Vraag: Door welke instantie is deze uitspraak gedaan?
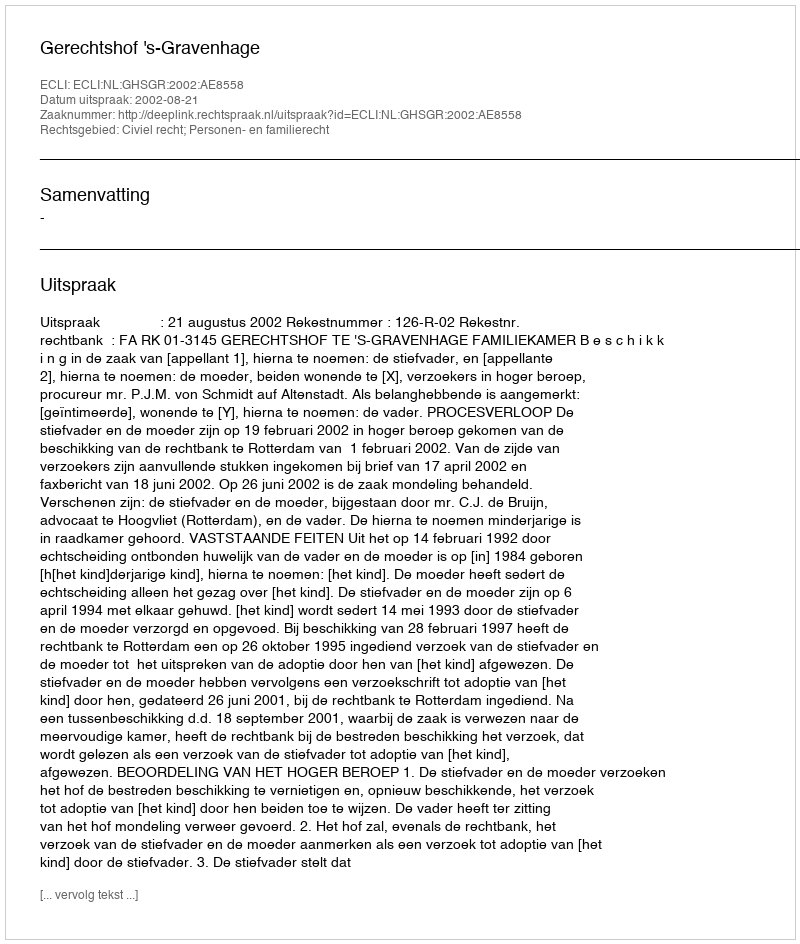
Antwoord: Gerechtshof 's-Gravenhage